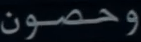
وحصون